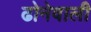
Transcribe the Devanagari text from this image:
ढोनेवाली